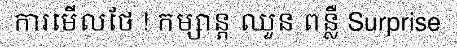
ការមើលថែ ! កម្សាន្ត ឈួន ពន្លឺ Surprise